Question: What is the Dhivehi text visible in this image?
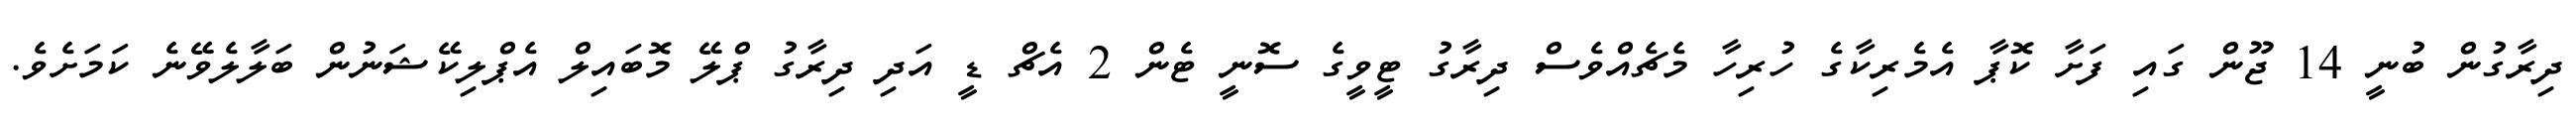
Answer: ދިރާގުން ބުނީ 14 ޖޫން ގައި ފަށާ ކޮޕާ އެމެރިކާގެ ހުރިހާ މެޗެއްވެސް ދިރާގު ޓީވީގެ ސޮނީ ޓެން 2 އެޗް ޑީ އަދި ދިރާގު ޕްލޭ މޮބައިލް އެޕްލިކޭޝަނުން ބަލާލެވޭނެ ކަމަށެވެ.